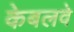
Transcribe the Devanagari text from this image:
केबलवे